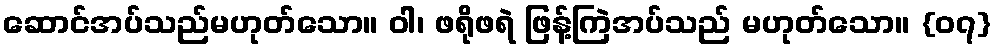
ဆောင်အပ်သည်မဟုတ်သော။ ဝါ၊ ဖရိုဖရဲ ဖြန့်ကြဲအပ်သည် မဟုတ်သော။ {၀၇}